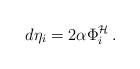
LaTeX: \begin{align*}d\eta_i=2\alpha\Phi_i^\mathcal{H} \, . \end{align*}